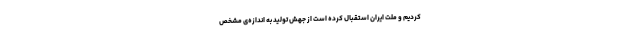
کردیم و ملّت ایران استقبال کرده است از جهش تولید به اندازه‌ی مشخّص